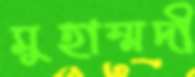
মুহাম্মদী